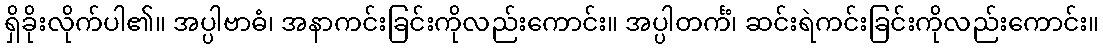
ရှိခိုးလိုက်ပါ၏။ အပ္ပါဗာဓံ၊ အနာကင်းခြင်းကိုလည်းကောင်း။ အပ္ပါတင်္ကံ၊ ဆင်းရဲကင်းခြင်းကိုလည်းကောင်း။